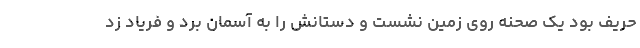
حریف بود یک صحنه روی زمین نشست و دستانش را به آسمان برد و فریاد زد